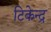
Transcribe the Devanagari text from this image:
टिकेन्द्र